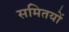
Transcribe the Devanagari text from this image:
समितयों